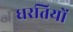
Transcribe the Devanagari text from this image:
धरतियों